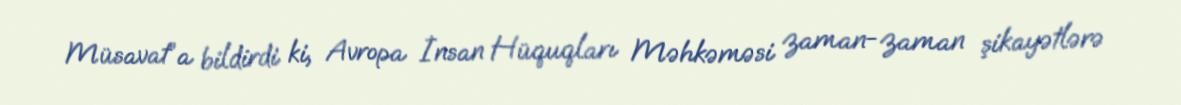
Müsavat”a bildirdi ki, Avropa İnsan Hüquqları Məhkəməsi zaman-zaman şikayətlərə